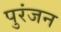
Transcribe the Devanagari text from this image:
पुरंजन